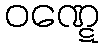
ဝဏ္ဋေ